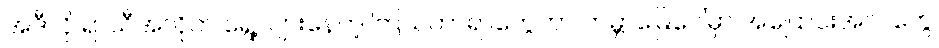
အဲဒီလို ရာသီအလိုက် ရွေ့လျားနေတဲ့ ကြယ်တာရာတွေဟာ ကမ္ဘာမြေပေါ်မှာ အပြောင်းအလဲတွေ